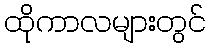
ထိုကာလများတွင်